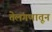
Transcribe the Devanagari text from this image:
तेलंगणातून